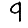
Digit: 9